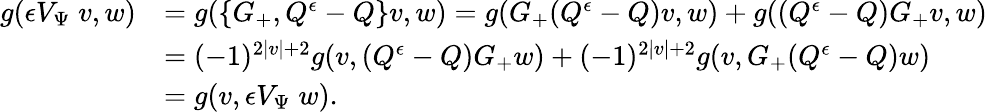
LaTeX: \begin{array}{rl}{g({\epsilon}V_{\Psi}\; v,w)}&{=g(\{ G_{+},Q^{\epsilon}-Q\} v,w)=g(G_{+}(Q^{\epsilon}-Q)v,w)+g((Q^{\epsilon}-Q)G_{+}v,w)}\\ &{=(-1)^{2|v|+2}g(v,(Q^{\epsilon}-Q)G_{+}w)+(-1)^{2|v|+2}g(v,G_{+}(Q^{\epsilon}-Q)w)}\\ &{=g(v,{\epsilon}V_{\Psi}\; w).}\end{array}